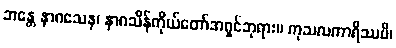
ဘန္တေ နာဂသေန၊ နာဂသိန်ကိုယ်တော်အရှင်ဘုရား။ ကုသလကာရိဿပိ၊